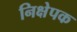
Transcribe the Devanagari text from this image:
निक्षेपक